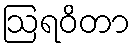
ဩရဝိတာ